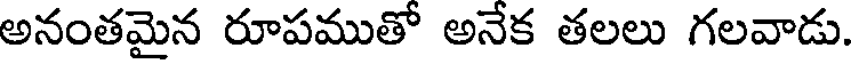
అనంతమైన రూపముతో అనేక తలలు గలవాడు.